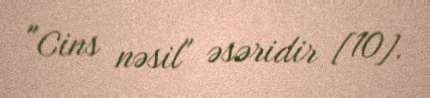
"Cins nəsil" əsəridir [10].